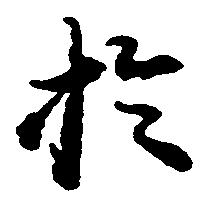
於